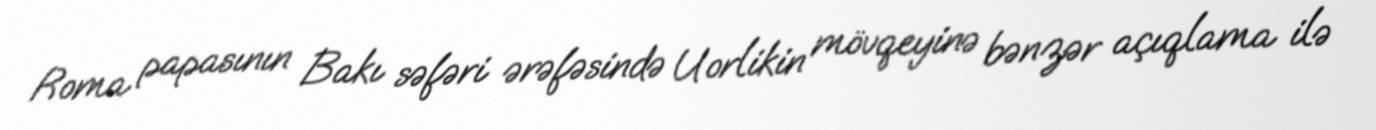
Roma papasının Bakı səfəri ərəfəsində Uorlikin mövqeyinə bənzər açıqlama ilə